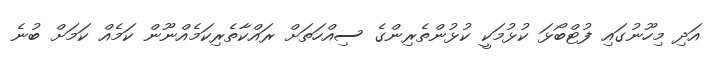
އަދި މިހޫނުގައި ފުޓްބޯޅަ ކުޅުމަކީ ކުޅުންތެރިންގެ ސިއްހަތަށް ރައްކާތެރިކަމެއްނޫން ކަމެއް ކަމަށް ބުނެ